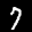
Label: 7